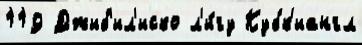
119 Джиб'ил'иско л'и́гу Кубк'иангл